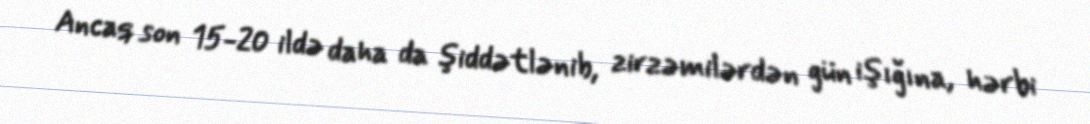
Ancaq son 15-20 ildə daha da şiddətlənib, zirzəmilərdən gün işığına, hərbi